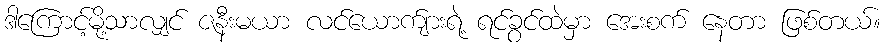
ဒါကြောင့်မို့သာလျှင် ဇနီးမယာ လင်ယောက်ျားရဲ့ ရင်ခွင်ထဲမှာ အေးစက် နေတာ ဖြစ်တယ်။